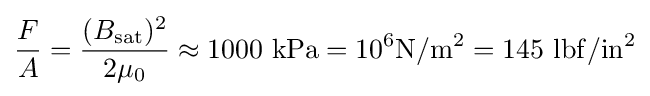
{\frac {F}{A}}={\frac {(B_{\text{sat}})^{2}}{2\mu _{0}}}\approx 1000\ \mathrm {kPa} =10^{6}\mathrm {N/m^{2}} =145\ \mathrm {lbf/in^{2}}